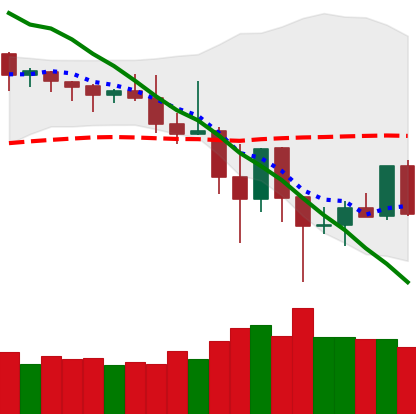
Ticker: DOGE-USD
Chart end date: 2019-11-30
Forward return: -4.181%
Label: down_3_5